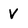
Character: V